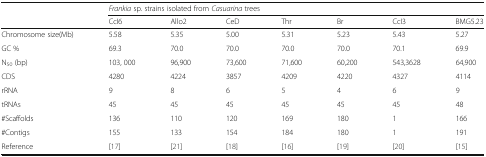
| <ROWSPAN=2>  | <COLSPAN=7> Frankia sp. strains isolated from Casuarina trees |
 | CcI6 | Allo2 | CeD | Thr | Br | CcI3 | BMG5.23 |
 | --- | --- | --- | --- | --- | --- | --- | --- |
 | Chromosome size(Mb) | 5.58 | 5.35 | 5.00 | 5.31 | 5.23 | 5.43 | 5.27 |
 | GC % | 69.3 | 70.0 | 70.0 | 70.0 | 70.0 | 70.1 | 69.9 |
 | N50 (bp) | 103, 000 | 96,900 | 73,600 | 71,600 | 60,200 | 543,3628 | 64,900 |
 | CDS | 4280 | 4224 | 3857 | 4209 | 4220 | 4327 | 4114 |
 | rRNA | 9 | 8 | 6 | 5 | 4 | 6 | 9 |
 | tRNAs | 45 | 45 | 45 | 45 | 45 | 45 | 48 |
 | #Scaffolds | 136 | 110 | 120 | 169 | 180 | 1 | 166 |
 | #Contigs | 155 | 133 | 154 | 184 | 180 | 1 | 191 |
 | Reference | [17] | [21] | [18] | [16] | [19] | [20] | [15] |